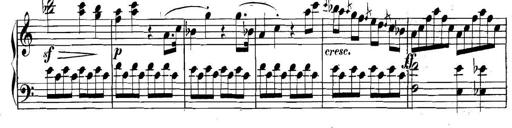
Title: Collected Piano Sonatas
Composer: Muzio Clementi